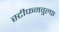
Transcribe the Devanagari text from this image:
स्टीफनवुल्फ